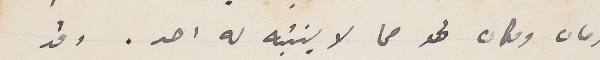
زمان ومكان لحد مما لا ينتبه له احد. وقد